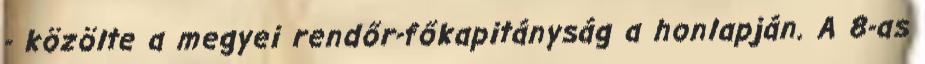
- közölte a megyei rendőr-főkapitányság a honlapján. A 8-as